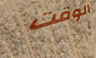
الوقت